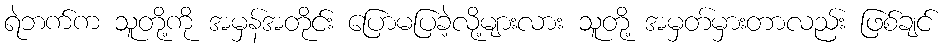
ရဲဘက်က သူတို့ကို အမှန်အတိုင်း ပြောမပြခဲ့လို့များလား သူတို့ အမှတ်မှားတာလည်း ဖြစ်ချင်